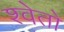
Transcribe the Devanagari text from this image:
श्‍वेतो